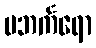
ပဘင်္ကရော